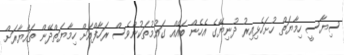
ސިޔާސީ ހިމާޔަތް ހުށަހެޅިއިރު ދުނިޔޭގެ އެހެން ބައެއް ގައުމުތަކުންވެސް ރަހާފްއަށް ހިމާޔަތްދޭން ތައްޔާރަށް